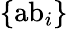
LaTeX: \{ {\mathrm{ab}}_{i}\}